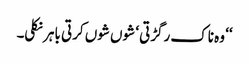
‘‘ وہ ناک رگڑتی ‘ شوں شوں کرتی باہر نکلی۔